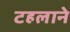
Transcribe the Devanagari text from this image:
टहलाने